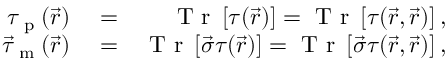
\begin{array} { r l r } { \tau _ { \textrm { p } } ( \vec { r } ) } & { { } = } & { \textrm { T r } \left[ \boldsymbol { \tau } ( \vec { r } ) \right] = \textrm { T r } \left[ \boldsymbol { \tau } ( \vec { r } , \vec { r } ) \right] , } \\ { \vec { \tau } _ { \textrm { m } } ( \vec { r } ) } & { { } = } & { \textrm { T r } \left[ \vec { \boldsymbol { \sigma } } \boldsymbol { \tau } ( \vec { r } ) \right] = \textrm { T r } \left[ \vec { \boldsymbol { \sigma } } \boldsymbol { \tau } ( \vec { r } , \vec { r } ) \right] , } \end{array}